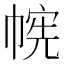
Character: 𫷉